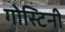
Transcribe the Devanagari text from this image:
गोस्टिनी